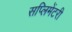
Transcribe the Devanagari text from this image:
सप्लिमेंटरी